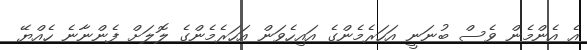
އެ އެންމެން ވެސް ބުނަނީ އަހަރެމެންގެ އައިހެވަން އަހަރެމެންގެ ލޮލަށް ފެންނާނެ ހެއްޔޭ